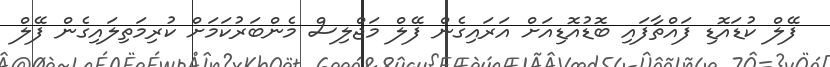
ފޭލް ކުޑައޮޑި ފައްތާފައި ބޮޑުއޮޑިއަށް އަރައިގެން ފޭލް މަޖްލިސް މެންބަރުކަމަށް ކުރިމަތިލައިގެން ފޭލް